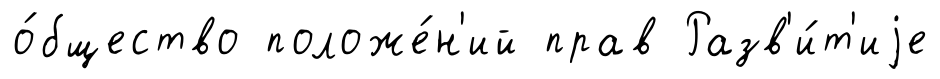
о́бщество положе́н'ий прав Разв'и́т'иjе